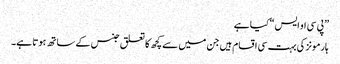
”پی سی او ایس“ کیا ہے
ہارمونز کی بہت سی اقسام ہیں جن میں سے کچھ کا تعلق جنس کے ساتھ ہوتا ہے۔